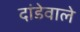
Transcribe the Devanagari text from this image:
दांडेवाले